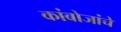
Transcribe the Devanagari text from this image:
कांबोजांचे